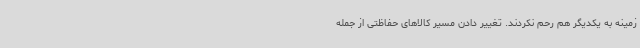
زمینه به یکدیگر هم رحم نکردند. تغییر دادن مسیر کالاهای حفاظتی از جمله